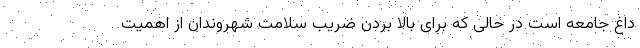
داغ جامعه است در حالی که برای بالا بردن ضریب سلامت شهروندان از اهمیت